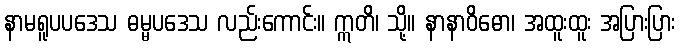
နာမရူပပဒေသ ဓမ္မပဒေသ လည်းကောင်း။ ဣတိ၊ သို့။ နာနာဝိဓော၊ အထူးထူး အပြားပြား